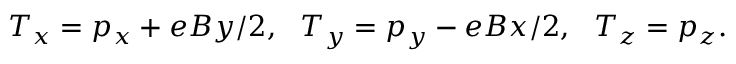
T _ { x } = p _ { x } + e B y / 2 , ~ ~ T _ { y } = p _ { y } - e B x / 2 , ~ ~ T _ { z } = p _ { z } .